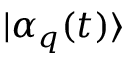
| \alpha _ { q } ( t ) \rangle